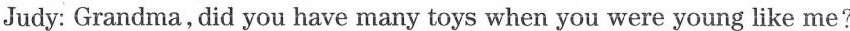
Judy: Grandma, did you have many toys when you were young like me?